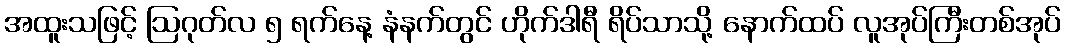
အထူးသဖြင့် ဩဂုတ်လ ၅ ရက်နေ့ နံနက်တွင် ဟိုက်ဒါရီ ရိပ်သာသို့ နောက်ထပ် လူအုပ်ကြီးတစ်အုပ်